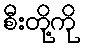
စီးတို့ကို